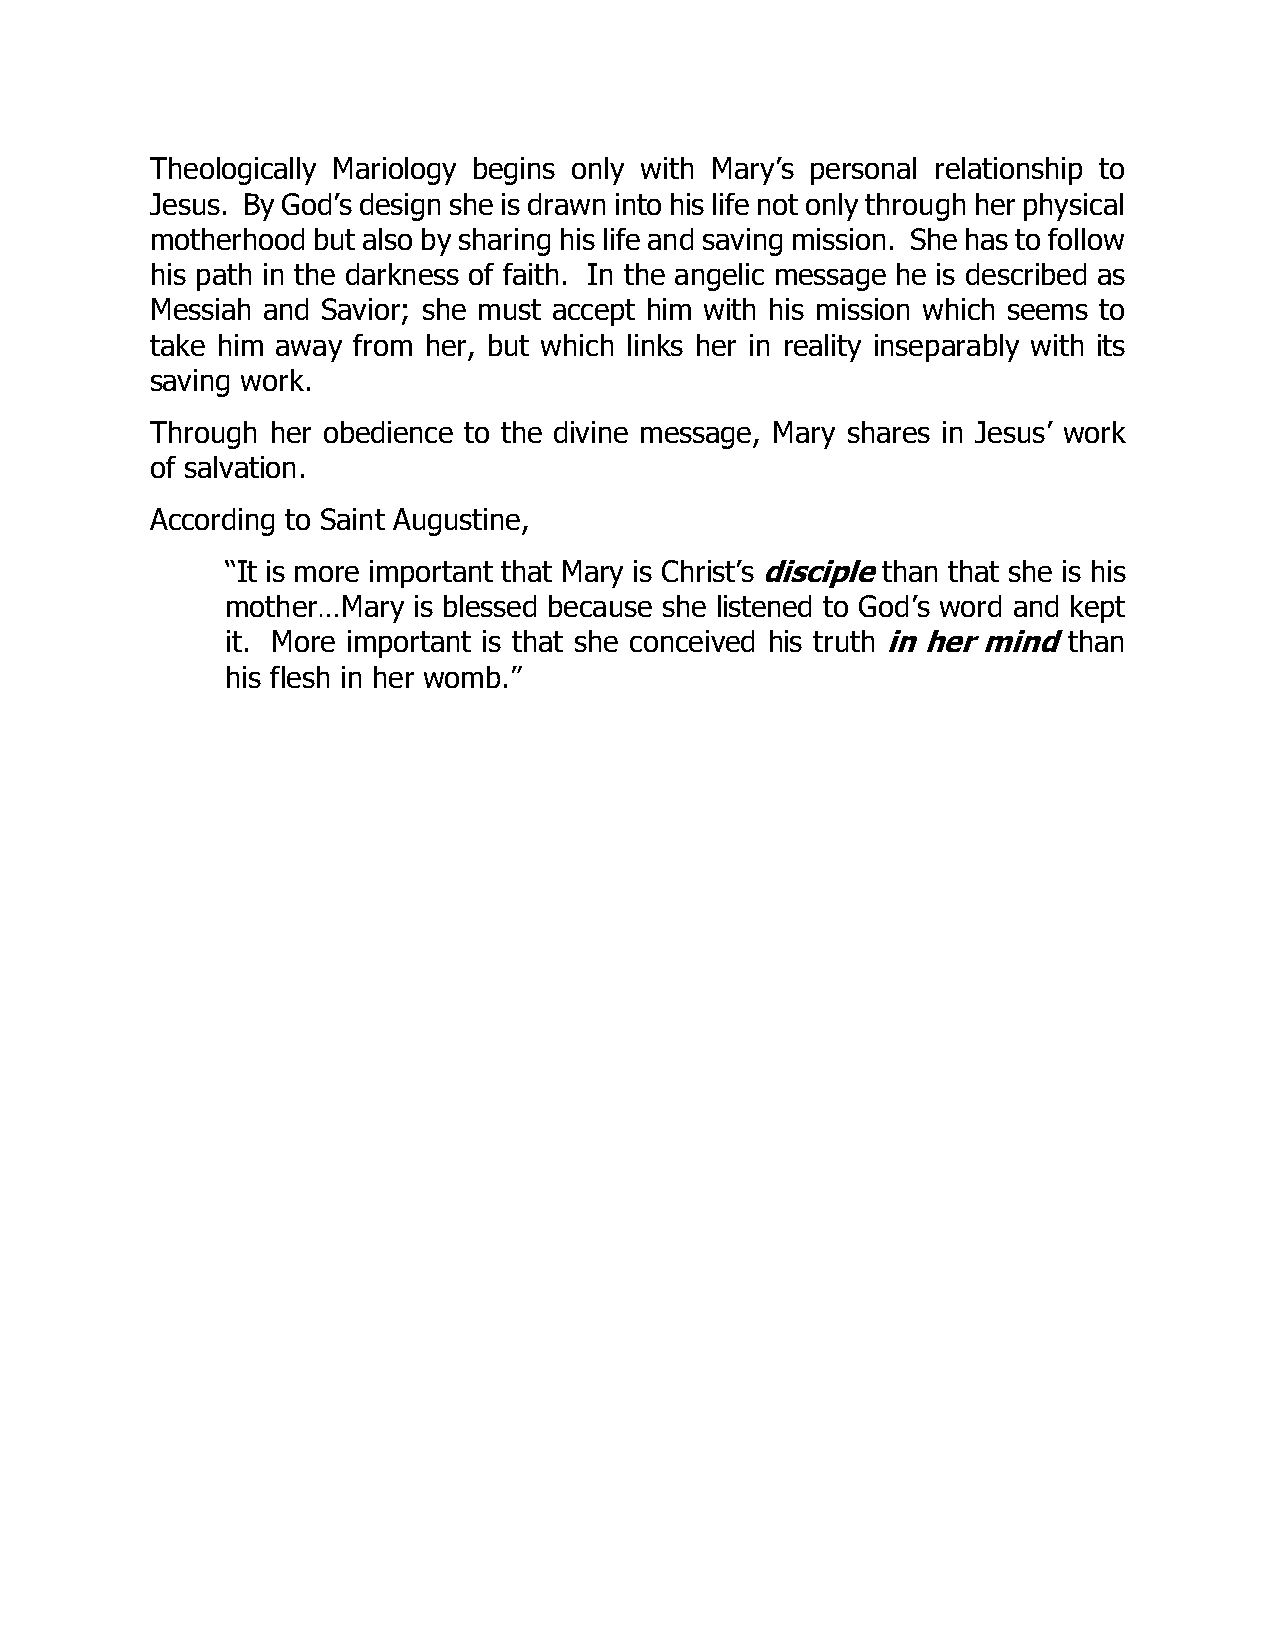
Theologically Mariology begins only with Mary’s personal relationship to
 Jesus. By God’s design she is drawn into his life not only through her physical
 motherhood but also by sharing his life and saving mission. She has to follow
 his path in the darkness of faith. In the angelic message he is described as
 Messiah and Savior; she must accept him with his mission which seems to
 take him away from her, but which links her in reality inseparably with its
 saving work.
 Through her obedience to the divine message, Mary shares in Jesus’ work
 of salvation.
 According to Saint Augustine,
 “It is more important that Mary is Christ’s disciple than that she is his
 mother…Mary is blessed because she listened to God’s word and kept
 it. More important is that she conceived his truth in her mind than
 his flesh in her womb.”